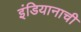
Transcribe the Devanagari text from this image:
इंडियानाची